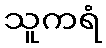
သူကရံ